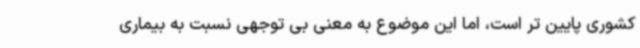
کشوری پایین تر است، اما این موضوع به معنی بی توجهی نسبت به بیماری